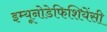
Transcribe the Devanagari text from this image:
इम्यूनोडेफिशियेंसी